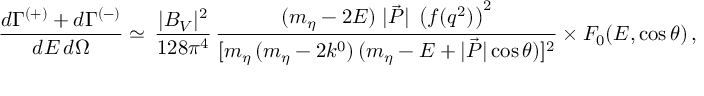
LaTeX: \frac { d \Gamma ^ { ( + ) } + d \Gamma ^ { ( - ) } } { d E \, d \Omega } \simeq \, \frac { | B _ { V } | ^ { 2 } } { 1 2 8 \pi ^ { 4 } } \, \frac { ( m _ { \eta } - 2 E ) \; | \vec { P } | \; \left( f ( q ^ { 2 } ) \right) ^ { 2 } } { [ m _ { \eta } \, ( m _ { \eta } - 2 k ^ { 0 } ) \, ( m _ { \eta } - E + | \vec { P } | \cos \theta ) ] ^ { 2 } } \times { \cal F } _ { 0 } ( E , \cos \theta ) \, ,